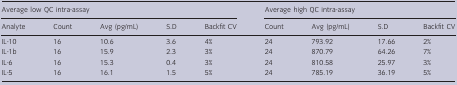
| <COLSPAN=5> Average low QC intra‐assay | <COLSPAN=4> Average high QC intra‐assay |
 | Analyte | Count | Avg (pg/mL) | S.D | Backfit CV | Count | Avg (pg/mL) | S.D | Backfit CV |
 | --- | --- | --- | --- | --- | --- | --- | --- | --- |
 | IL‐10 | 16 | 10.6 | 3.6 | 4% | 24 | 793.92 | 17.66 | 2% |
 | IL‐1b | 16 | 15.9 | 2.3 | 3% | 24 | 870.79 | 64.26 | 7% |
 | IL‐6 | 16 | 15.3 | 0.4 | 3% | 24 | 810.58 | 25.97 | 3% |
 | IL‐5 | 16 | 16.1 | 1.5 | 5% | 24 | 785.19 | 36.19 | 5% |